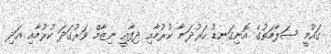
ގައުމީ ސަލާމަތުގެ އޮނިގަނޑު ހަރުދަނާ ކުރުމާއި ދިފާއީ ނިޒާމް ވަރުގަދަ ކުރުމާއި އަދި